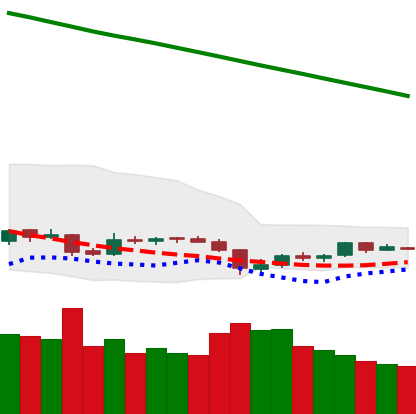
Ticker: EOS-USD
Chart end date: 2019-02-05
Forward return: 18.855%
Label: up_7plus